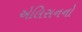
એલિસનનો